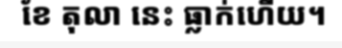
ខែ តុលា នេះ ធ្លាក់ហើយ។